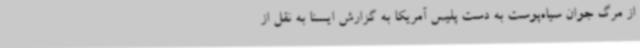
از مرگ جوان سیاه‌پوست به دست پلیس آمریکا به گزارش ایسنا به نقل از